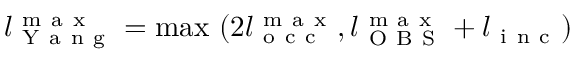
l _ { \mathrm { ~ Y ~ a ~ n ~ g ~ } } ^ { \mathrm { ~ m ~ a ~ x ~ } } = \operatorname* { m a x } \ ( 2 l _ { \mathrm { ~ o ~ c ~ c ~ } } ^ { \mathrm { ~ m ~ a ~ x ~ } } , l _ { \mathrm { ~ O ~ B ~ S ~ } } ^ { \mathrm { ~ m ~ a ~ x ~ } } + l _ { \mathrm { ~ i ~ n ~ c ~ } } )